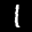
Label: 1